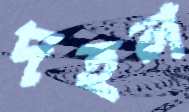
দহল